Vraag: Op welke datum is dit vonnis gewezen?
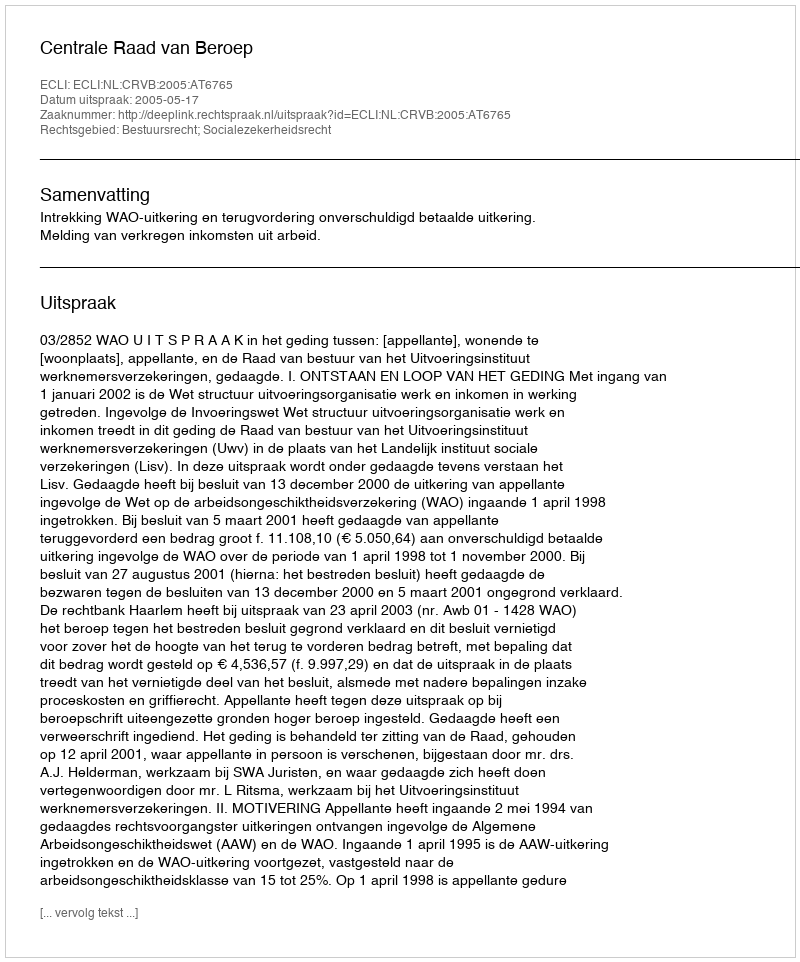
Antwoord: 2005-05-17